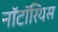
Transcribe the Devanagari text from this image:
नॉटॉरियस